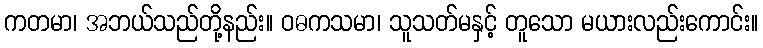
ကတမာ၊ အဘယ်သည်တို့နည်း။ ဝဓကသမာ၊ သူသတ်မနှင့် တူသော မယားလည်းကောင်း။